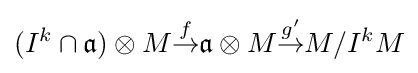
(I^{k}\cap {\mathfrak {a}})\otimes M{\overset {f}{\to }}{\mathfrak {a}}\otimes M{\overset {g'}{\to }}M/I^{k}M